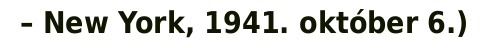
– New York, 1941. október 6.)